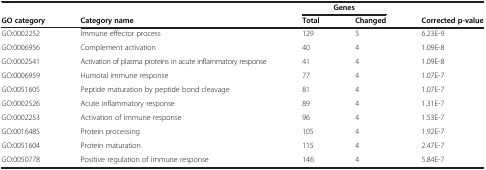
<table><thead><tr><td>[EMPTY_CELL]</td><td>[EMPTY_CELL]</td><td colspan="2"><b>Genes</b></td><td>[EMPTY_CELL]</td></tr><tr><td><b>GO category</b></td><td><b>Category name</b></td><td><b>Total</b></td><td><b>Changed</b></td><td><b>Corrected p-value</b></td></tr></thead><tbody><tr><td>GO:0002252</td><td>Immune effector process</td><td>129</td><td>5</td><td>6.23E-9</td></tr><tr><td>GO:0006956</td><td>Complement activation</td><td>40</td><td>4</td><td>1.09E-8</td></tr><tr><td>GO:0002541</td><td>Activation of plasma proteins in acute inflammatory response</td><td>41</td><td>4</td><td>1.09E-8</td></tr><tr><td>GO:0006959</td><td>Humoral immune response</td><td>77</td><td>4</td><td>1.07E-7</td></tr><tr><td>GO:0051605</td><td>Peptide maturation by peptide bond cleavage</td><td>81</td><td>4</td><td>1.07E-7</td></tr><tr><td>GO:0002526</td><td>Acute inflammatory response</td><td>89</td><td>4</td><td>1.31E-7</td></tr><tr><td>GO:0002253</td><td>Activation of immune response</td><td>96</td><td>4</td><td>1.53E-7</td></tr><tr><td>GO:0016485</td><td>Protein processing</td><td>105</td><td>4</td><td>1.92E-7</td></tr><tr><td>GO:0051604</td><td>Protein maturation</td><td>115</td><td>4</td><td>2.47E-7</td></tr><tr><td>GO:0050778</td><td>Positive regulation of immune response</td><td>146</td><td>4</td><td>5.84E-7</td></tr></tbody></table>